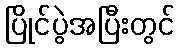
ပြိုင်ပွဲအပြီးတွင်